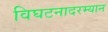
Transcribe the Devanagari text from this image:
विघटनादरम्यान